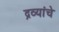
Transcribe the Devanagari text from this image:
द्रव्यांचे